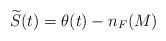
\begin{align*}\widetilde{S}(t) = \theta(t) - n_{F}(M)\end{align*}